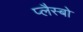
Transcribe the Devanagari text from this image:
प्लैस्बो